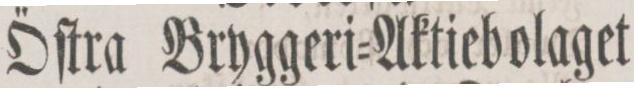
Öſtra Bryggeri=Aktiebolaget